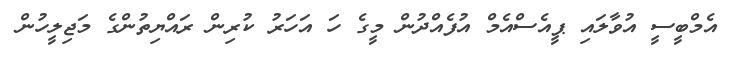
އެމްބީސީ އުވާލައި ޕީއެސްއެމް އުފެއްދުން މީގެ ހަ އަހަރު ކުރިން ރައްޔިތުންގެ މަޖިލީހުން